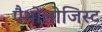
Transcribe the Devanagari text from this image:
पैथोलोजिस्ट